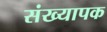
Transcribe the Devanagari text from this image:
संख्यापक